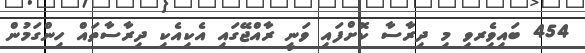
454 ބައިވެިރވި މި ދިރާސާ ކޮށްފައި ވަނީ ރާއްޖޭގައި އެކިއެކި ދިރާސާތައް ހިންގަމުން